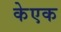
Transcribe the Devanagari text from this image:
केएक